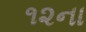
૧૨ના